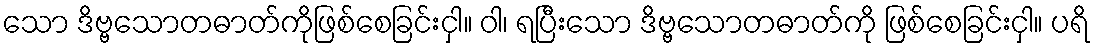
သော ဒိဗ္ဗသောတဓာတ်ကိုဖြစ်စေခြင်းငှါ။ ဝါ၊ ရပြီးသော ဒိဗ္ဗသောတဓာတ်ကို ဖြစ်စေခြင်းငှါ။ ပရိ